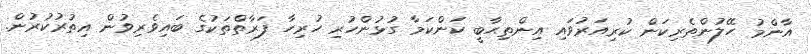
އާންމު ހޭލުންތެރިކަން ކުރިއަރުވައި އިންތިޙާބީ ކަންކަމާ ގުޅުންހުރި ހުރިހާ ފަރާތްތަކުގެ ބައިވެރިވުން އިތުރުކުރުން.